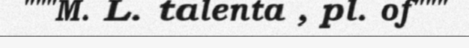
"""M. L. talenta , pl. of"""